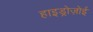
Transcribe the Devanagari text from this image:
हाइड्रोज़ोई